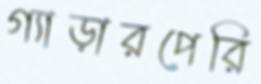
গ্যাড়ারপেরি